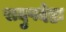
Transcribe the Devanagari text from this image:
सदुपदेष्टा